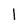
Character: l